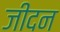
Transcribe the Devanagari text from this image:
जीदन